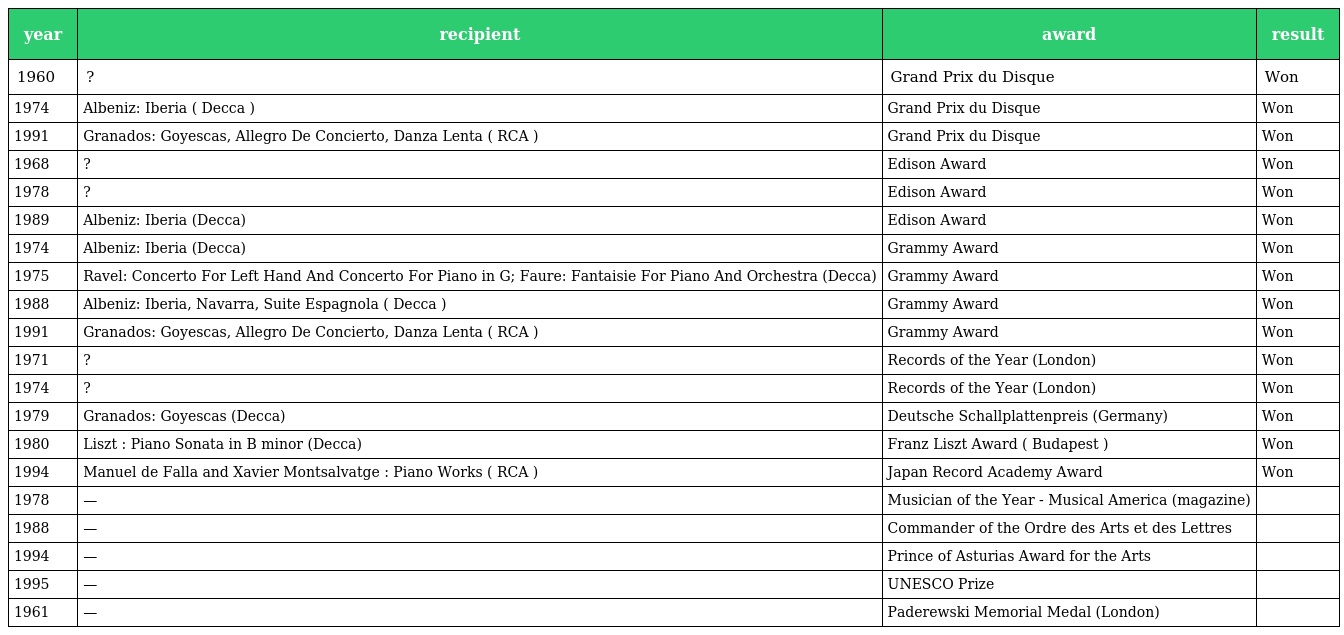
| year | recipient | award | result |
 | --- | --- | --- | --- |
 | 1960 | ? | Grand Prix du Disque | Won |
 | 1974 | Albeniz: Iberia ( Decca ) | Grand Prix du Disque | Won |
 | 1991 | Granados: Goyescas, Allegro De Concierto, Danza Lenta ( RCA ) | Grand Prix du Disque | Won |
 | 1968 | ? | Edison Award | Won |
 | 1978 | ? | Edison Award | Won |
 | 1989 | Albeniz: Iberia (Decca) | Edison Award | Won |
 | 1974 | Albeniz: Iberia (Decca) | Grammy Award | Won |
 | 1975 | Ravel: Concerto For Left Hand And Concerto For Piano in G; Faure: Fantaisie For Piano And Orchestra (Decca) | Grammy Award | Won |
 | 1988 | Albeniz: Iberia, Navarra, Suite Espagnola ( Decca ) | Grammy Award | Won |
 | 1991 | Granados: Goyescas, Allegro De Concierto, Danza Lenta ( RCA ) | Grammy Award | Won |
 | 1971 | ? | Records of the Year (London) | Won |
 | 1974 | ? | Records of the Year (London) | Won |
 | 1979 | Granados: Goyescas (Decca) | Deutsche Schallplattenpreis (Germany) | Won |
 | 1980 | Liszt : Piano Sonata in B minor (Decca) | Franz Liszt Award ( Budapest ) | Won |
 | 1994 | Manuel de Falla and Xavier Montsalvatge : Piano Works ( RCA ) | Japan Record Academy Award | Won |
 | 1978 | — | Musician of the Year - Musical America (magazine) |  |
 | 1988 | — | Commander of the Ordre des Arts et des Lettres |  |
 | 1994 | — | Prince of Asturias Award for the Arts |  |
 | 1995 | — | UNESCO Prize |  |
 | 1961 | — | Paderewski Memorial Medal (London) |  |